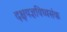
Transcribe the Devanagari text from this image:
दक्षयज्ञविध्वसंक